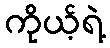
ကိုယ့်ရဲ့